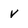
Character: v